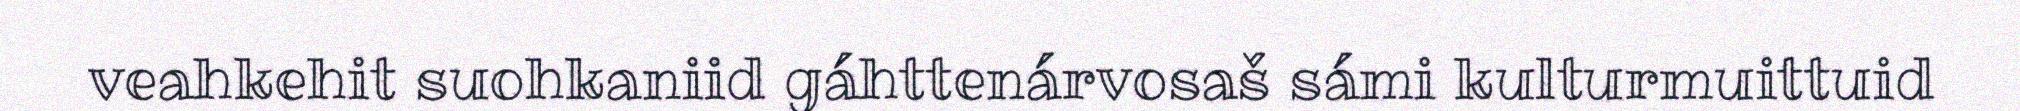
veahkehit suohkaniid gáhttenárvosaš sámi kulturmuittuid